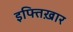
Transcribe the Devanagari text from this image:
इफ्तिख़ार